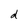
Character: d